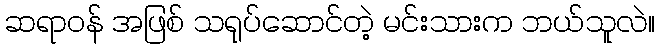
ဆရာဝန် အဖြစ် သရုပ်ဆောင်တဲ့ မင်းသားက ဘယ်သူလဲ။